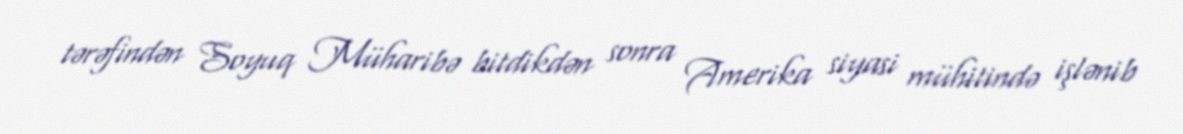
tərəfindən Soyuq Müharibə bitdikdən sonra Amerika siyasi mühitində işlənib